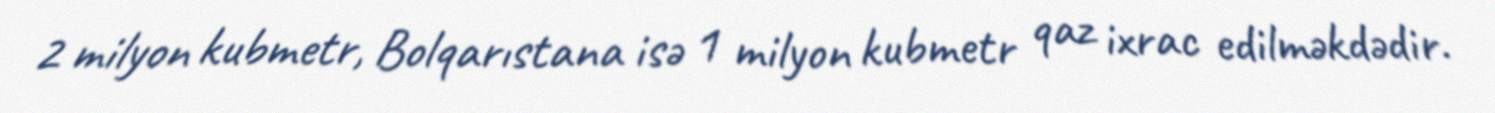
2 milyon kubmetr, Bolqarıstana isə 1 milyon kubmetr qaz ixrac edilməkdədir.